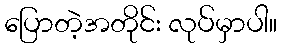
ပြောတဲ့အတိုင်း လုပ်မှာပါ။